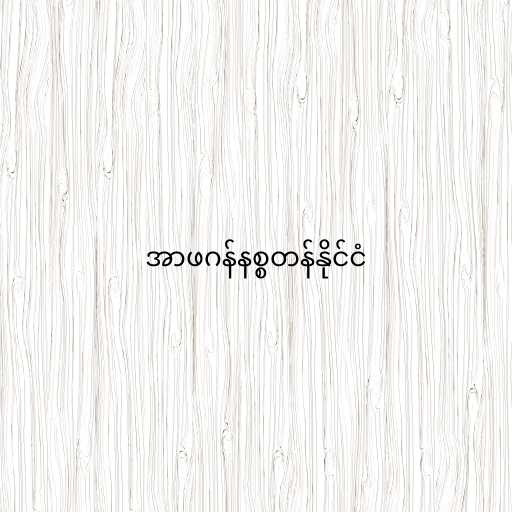
အာဖဂန်နစ္စတန်နိုင်ငံ